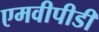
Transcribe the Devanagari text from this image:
एमवीपीडी